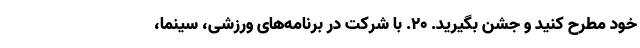
خود مطرح کنید و جشن بگیرید. ۲۰. با شرکت در برنامه‌های ورزشی، سینما،